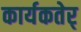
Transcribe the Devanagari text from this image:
कार्यकतेर्